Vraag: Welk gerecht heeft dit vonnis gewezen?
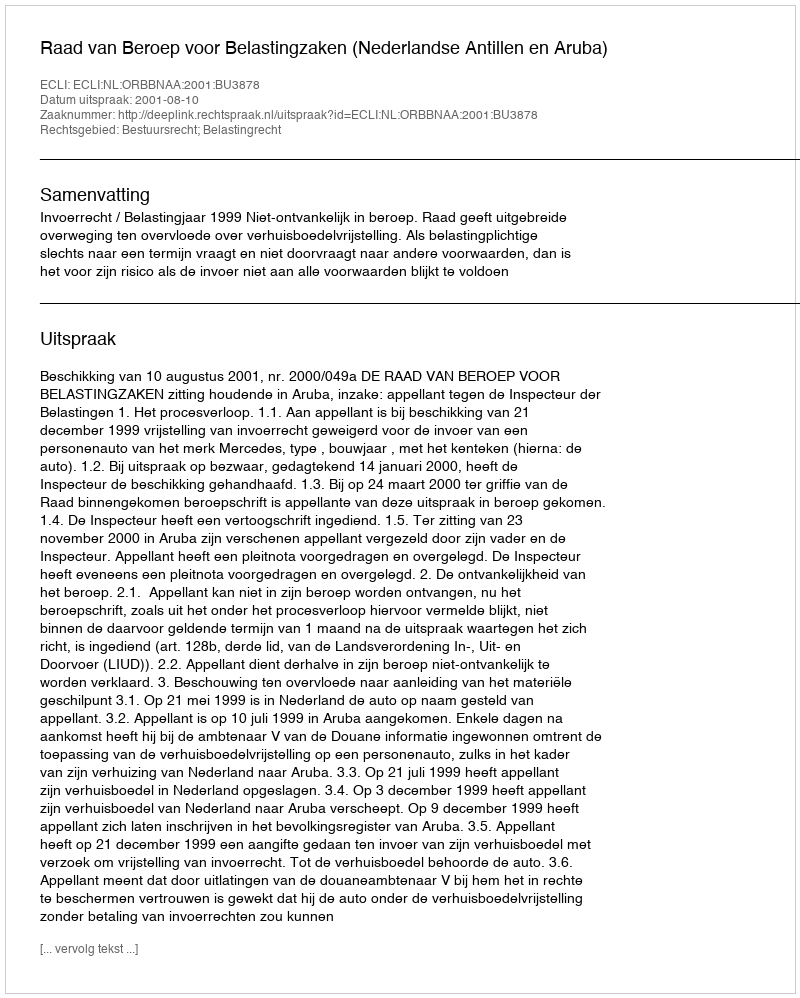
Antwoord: Raad van Beroep voor Belastingzaken (Nederlandse Antillen en Aruba)